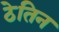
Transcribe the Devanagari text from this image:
ठेतिन